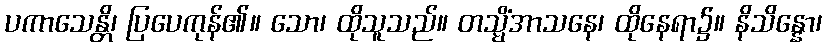
ပကာသေန္တိ၊ ပြပေကုန်၏။ သော၊ ထိုသူသည်။ တသ္မိံအာသနေ၊ ထိုနေရာ၌။ နိသိန္နော၊